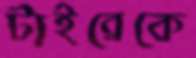
টাইব্রেকে